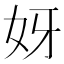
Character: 𫰎